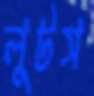
লুটস